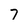
Character: 7